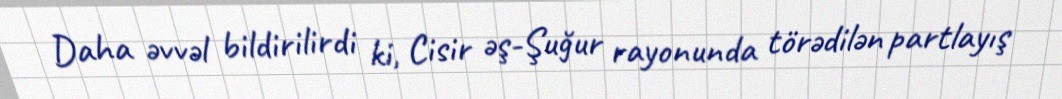
Daha əvvəl bildirilirdi ki, Cisir əş-Şuğur rayonunda törədilən partlayış